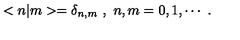
< n | m > = \delta _ { n , m } \ , \ n , m = 0 , 1 , \cdots \ .